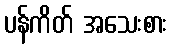
ပန်ကိတ် အသေးစား